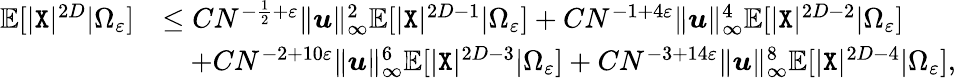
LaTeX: \begin{array}{rl}{\mathbb{E}[|{\texttt X}|^{2D}|\Omega_{\varepsilon}]}&{\leq CN^{-\frac{1}{2}+\varepsilon}\| {\boldsymbol u}\| _{\infty}^{2}\mathbb{E}[|{\texttt X}|^{2D-1}|\Omega_{\varepsilon}]+CN^{-1+4\varepsilon}\| {\boldsymbol u}\| _{\infty}^{4}\mathbb{E}[|{\texttt X}|^{2D-2}|\Omega_{\varepsilon}]}\\ &{\quad+CN^{-2+10\varepsilon}\| {\boldsymbol u}\| _{\infty}^{6}\mathbb{E}[|{\texttt X}|^{2D-3}|\Omega_{\varepsilon}]+CN^{-3+14\varepsilon}\| {\boldsymbol u}\| _{\infty}^{8}\mathbb{E}[|{\texttt X}|^{2D-4}|\Omega_{\varepsilon}],}\end{array}